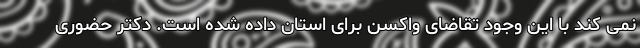
نمی کند با این وجود تقاضای واکسن برای استان داده شده است. دکتر حضوری